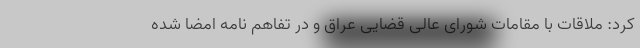
کرد: ملاقات با مقامات شورای عالی قضایی عراق و در تفاهم نامه امضا شده